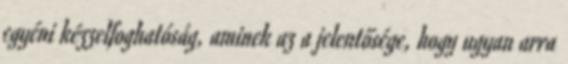
egyéni kézzelfoghatóság, aminek az a jelentősége, hogy ugyan arra